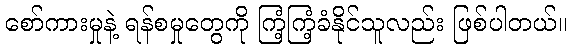
စော်ကားမှုနဲ့ ရန်စမှုတွေကို ကြံ့ကြံ့ခံနိုင်သူလည်း ဖြစ်ပါတယ်။